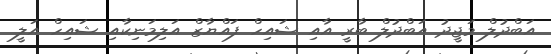
އަބްދުލް މަޖީދު އަބްދުލް ބާރީ އާއި ޝައިހް ފައްޔާޒް އަލިމަނިކާއި ޝައިހް އަލީ